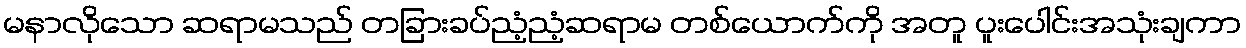
မနာလိုသော ဆရာမသည် တခြားခပ်ညံ့ညံ့ဆရာမ တစ်ယောက်ကို အတူ ပူးပေါင်းအသုံးချကာ